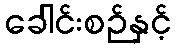
ခေါင်းစဉ်နှင့်